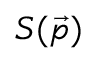
S ( \vec { p } )